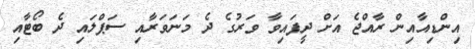
އިންޑިއާއިން ރާއްޖެ އަށް ދީފައިވާ ވަރުގެ ދެ މަނަވަރާއި ސަޕްލައި ދެ ބޯޓާއި